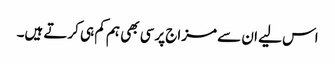
اس لیے ان سے مزاج پرسی بھی ہم کم ہی کرتے ہیں۔